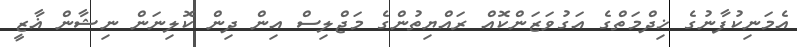
އެމަނިކުފާނުގެ ޚިދްމަތްގެ އަގުވަޒަންކޮއް ރައްޔިތުންގެ މަޖްލިސް އިން ދިން ކޮލިނަން ނިޝާން ޣާޒީ